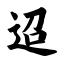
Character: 迢